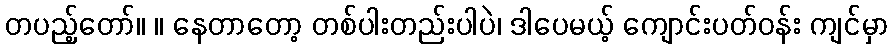
တပည့်တော်။ ။ နေတာတော့ တစ်ပါးတည်းပါပဲ၊ ဒါပေမယ့် ကျောင်းပတ်ဝန်း ကျင်မှာ